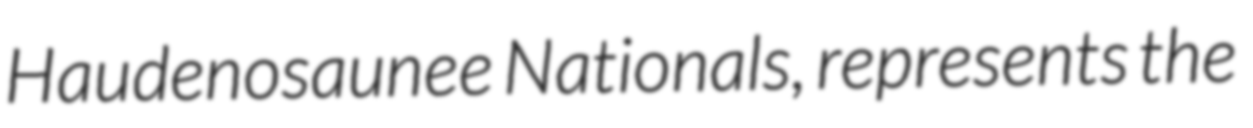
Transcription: Haudenosaunee Nationals, represents the